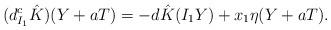
LaTeX: \begin{align*}(d^c_{I_1}\hat{K})(Y + aT) = -d\hat{K}(I_1Y) + x_1\eta(Y + aT).\end{align*}